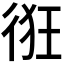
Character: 𢓯